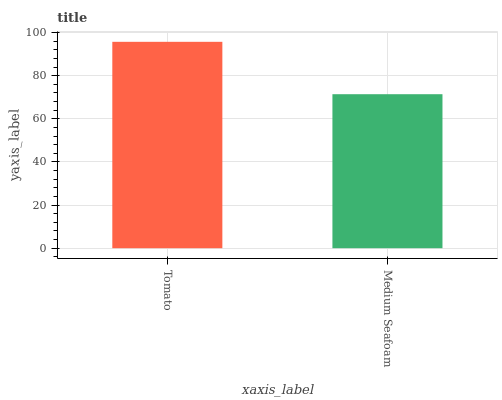
| xaxis_label | bars |
 | --- | --- |
 | Tomato | 95.7 |
 | Medium Seafoam | 71.4 |